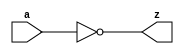
module not_1b(a, z);
  input a;
  output z;
  
  assign z = ~a;
endmodule